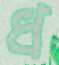
ধ